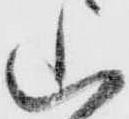
山